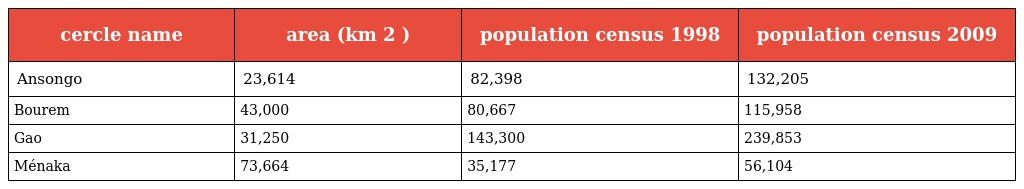
| cercle name | area (km 2 ) | population census 1998 | population census 2009 |
 | --- | --- | --- | --- |
 | Ansongo | 23,614 | 82,398 | 132,205 |
 | Bourem | 43,000 | 80,667 | 115,958 |
 | Gao | 31,250 | 143,300 | 239,853 |
 | Ménaka | 73,664 | 35,177 | 56,104 |